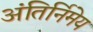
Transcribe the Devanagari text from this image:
अंतिर्निमेय